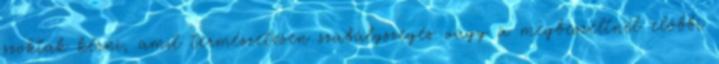
szoktak kérni, amit természetesen szabályszegés vagy a megbeszéltnél előbbi